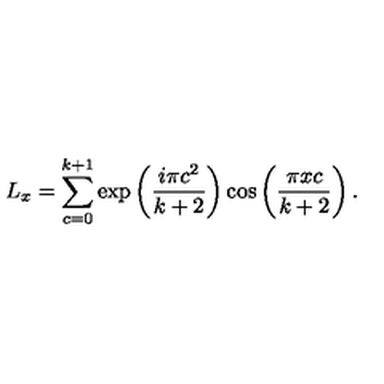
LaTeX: L _ { x } = \sum _ { c = 0 } ^ { k + 1 } \exp \left( \frac { i \pi c ^ { 2 } } { k + 2 } \right) \cos \left( \frac { \pi x c } { k + 2 } \right) .